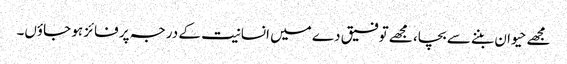
مجھے حیوان بننے سے بچا، مجھے توفیق دے میں انسانیت کے درجہ پر فائز ہو جاؤں۔